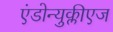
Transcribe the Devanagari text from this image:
एंडोन्युक्लीएज